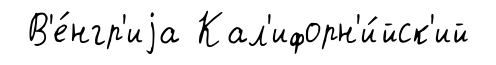
В'е́нгр'иjа Кал'ифорн'и́йск'ий